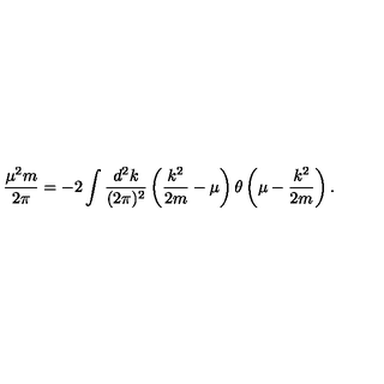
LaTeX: \frac { \mu ^ { 2 } m } { 2 \pi } = - 2 \int \frac { d ^ { 2 } k } { ( 2 \pi ) ^ { 2 } } \left( \frac { k ^ { 2 } } { 2 m } - \mu \right) \theta \left( \mu - \frac { k ^ { 2 } } { 2 m } \right) .